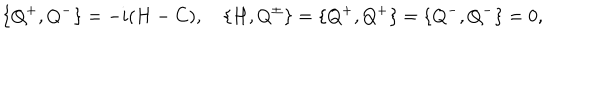
LaTeX: \{ Q ^ { + } , Q ^ { - } \} = - i ( H - C ) , \quad \{ H , Q ^ { \pm } \} = \{ Q ^ { + } , Q ^ { + } \} = \{ Q ^ { - } , Q ^ { - } \} = 0 ,